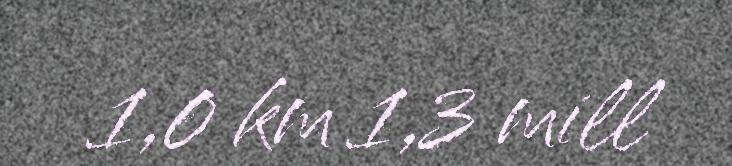
1,0 km 1,3 mill